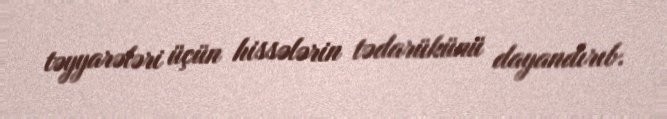
təyyarələri üçün hissələrin tədarükünü dayandırıb.